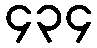
၄၃၄